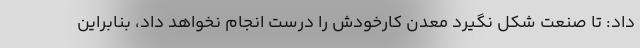
داد: تا صنعت شکل نگیرد معدن کارخودش را درست انجام نخواهد داد، بنابراین